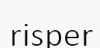
risper